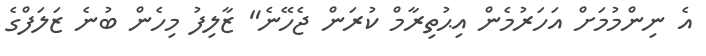
އެ ނިންމުމަށް އަހަރުމެން އިޙުތިރާމް ކުރަން ޖެހޭނެ" ޒާލިފު މިހެން ބުނެ ޒަލަފްގެ